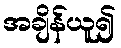
အချိန်ယူ၍